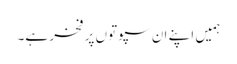
ہمیں اپنے ان سپوتوں پر فخر ہے۔